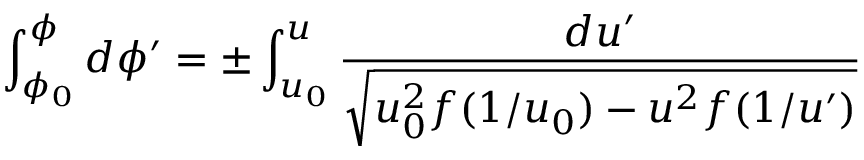
\int _ { \phi _ { 0 } } ^ { \phi } d \phi ^ { \prime } = \pm \int _ { u _ { 0 } } ^ { u } \frac { d u ^ { \prime } } { \sqrt { u _ { 0 } ^ { 2 } f ( 1 / u _ { 0 } ) - u ^ { 2 } f ( 1 / u ^ { \prime } ) } }